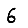
Digit: 6